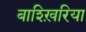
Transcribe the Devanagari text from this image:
बाश्ख़िरिया